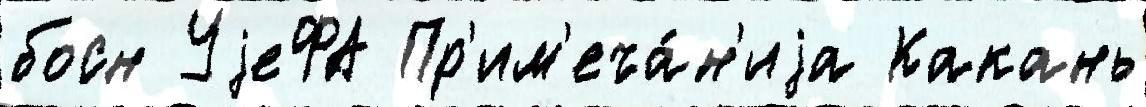
босн УjеФА Пр'им'еча́н'иjа Какань